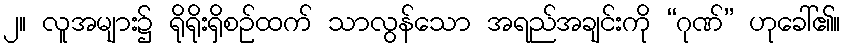
၂။ လူအများ၌ ရိုရိုးရှိစဉ်ထက် သာလွန်သော အရည်အချင်းကို “ဂုဏ်” ဟုခေါ်၏။